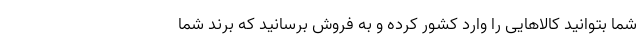
شما بتوانید کالاهایی را وارد کشور کرده و به فروش برسانید که برند شما